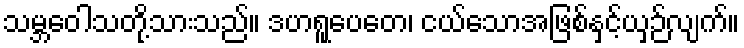
သမ္ဘဝေါသတို့သားသည်။ ဒဟရူပေတေ၊ ငယ်သောအဖြစ်နှင့်ယှဉ်လျက်။